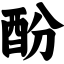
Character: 酚